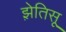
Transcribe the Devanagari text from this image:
झ़ेतिसू